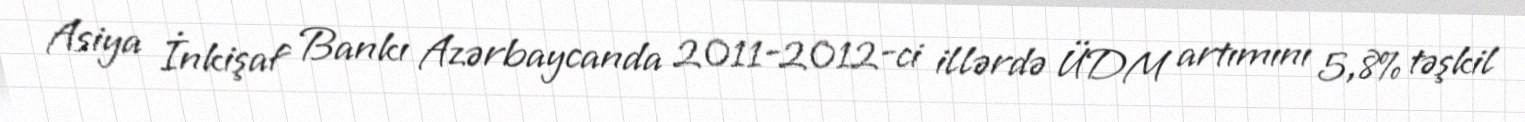
Asiya İnkişaf Bankı Azərbaycanda 2011-2012-ci illərdə ÜDM artımını 5,8% təşkil